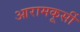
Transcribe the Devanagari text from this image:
आरामकूर्सी